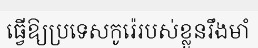
ធ្វើឱ្យប្រទេសកូរ៉េរបស់ខ្លួនរឹងមាំ